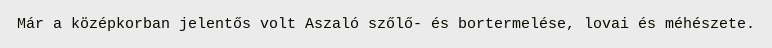
Már a középkorban jelentős volt Aszaló szőlő- és bortermelése, lovai és méhészete.